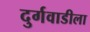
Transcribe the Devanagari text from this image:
दुर्गवाडीला